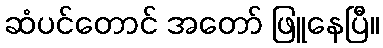
ဆံပင်တောင် အတော် ဖြူနေပြီ။